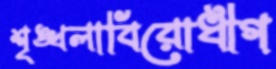
শৃঙ্খলাবিরোধীগ